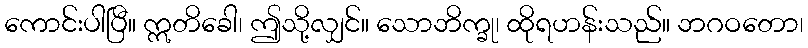
ကောင်းပါပြီ။ ဣတိခေါ၊ ဤသို့လျှင်။ သောဘိက္ခု၊ ထိုရဟန်းသည်။ ဘဂဝတော၊